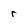
Character: r